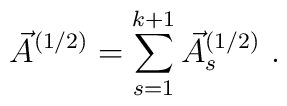
\vec{A}^{(1/2)} = \sum_{s=1}^{k+1} \vec{A}_s^{(1/2)} \ .